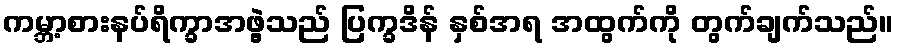
ကမ္ဘာ့စားနပ်ရိက္ခာအဖွဲ့သည် ပြက္ခဒိန် နှစ်အရ အထွက်ကို တွက်ချက်သည်။